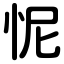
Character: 怩